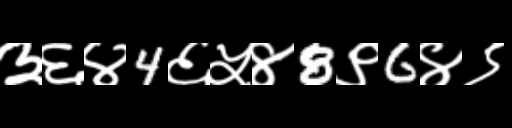
Text: ३६४4६५४8९6४९